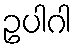
ဥပါဂါ